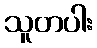
သူတပါး